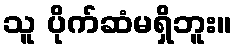
သူ ပိုက်ဆံမရှိဘူး။